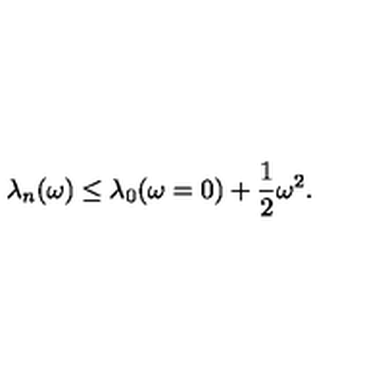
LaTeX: \lambda _ { n } ( \omega ) \leq \lambda _ { 0 } ( \omega = 0 ) + { \frac { 1 } { 2 } } \omega ^ { 2 } .